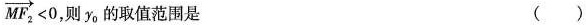
\overrightarrow {MF _ { 2 } } < 0$$ 则y_{0}的取值范围是 ( )